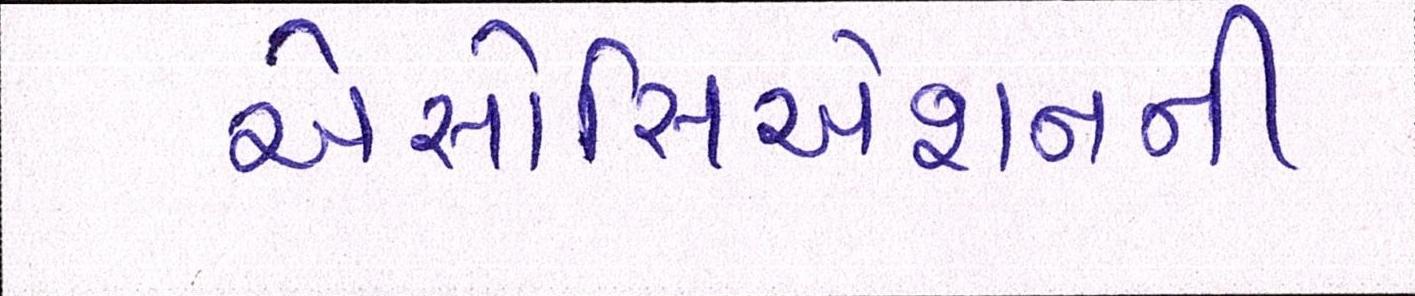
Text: એસોસિએશનની